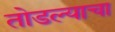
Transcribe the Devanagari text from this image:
तोडल्याचा